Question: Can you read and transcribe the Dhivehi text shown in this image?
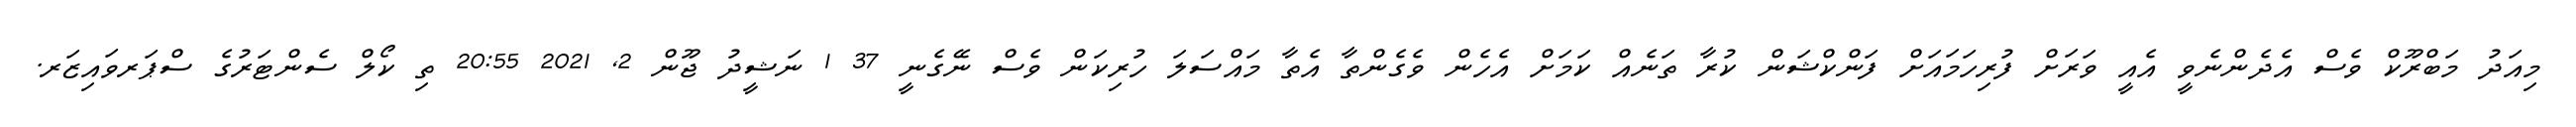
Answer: މިއަދު މަބްރޫކް ވެސް އެދެންނެވީ އެއީ ވަރަށް ފުރިހަމައަށް ފަންކްޝަން ކުރާ ތަނެއް ކަމަށް އެހެން ވެގެންތާ އެތާ މައްސަލަ ހުރިކަން ވެސް ނޭގެނީ 37 1 ނަޝީދު ޖޫން 2, 2021 20:55 ތި ކޯލް ސެންޓަރުގެ ސްޕަރވައިޒަރ.